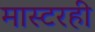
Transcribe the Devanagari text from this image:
मास्टरही